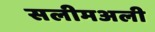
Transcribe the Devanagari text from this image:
सलीमअली